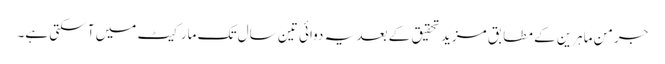
جرمن ماہرین کے مطابق مزید تحقیق کے بعد یہ دوائی تین سال تک مارکیٹ میں آ سکتی ہے۔